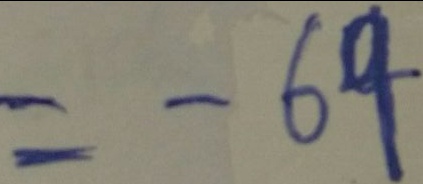
= - 6 9